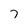
Character: 7